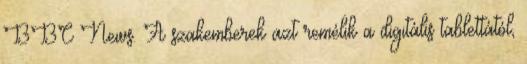
BBC News. A szakemberek azt remélik a digitális tablettától,